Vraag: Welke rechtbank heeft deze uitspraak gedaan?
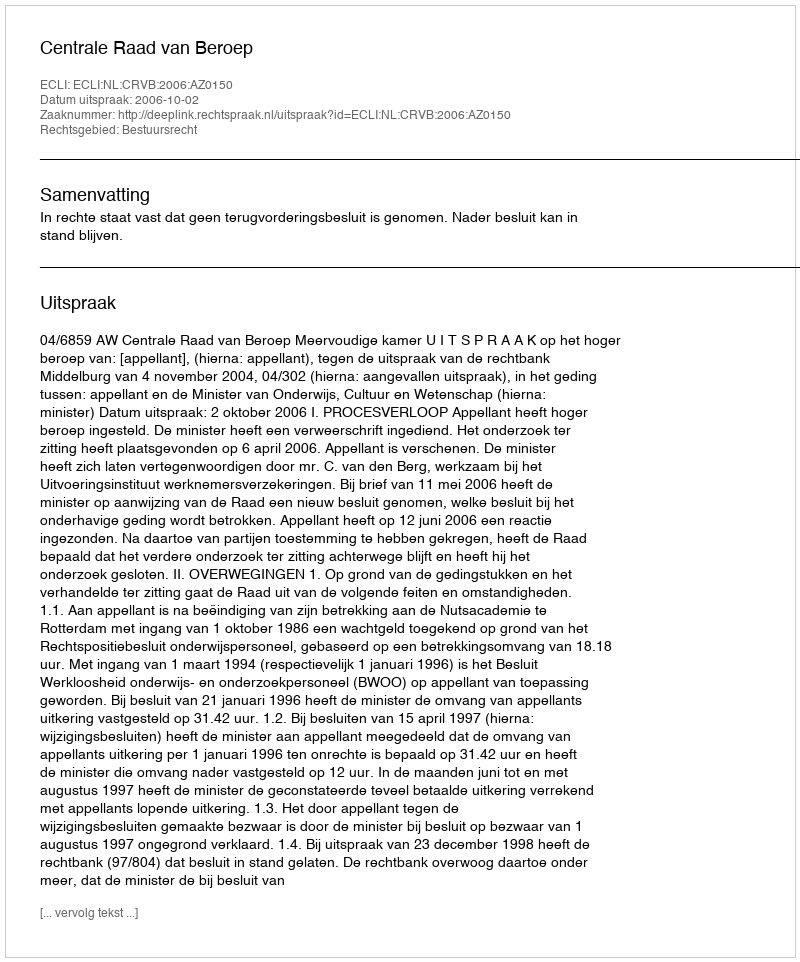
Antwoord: Centrale Raad van Beroep